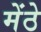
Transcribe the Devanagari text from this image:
मेंठे